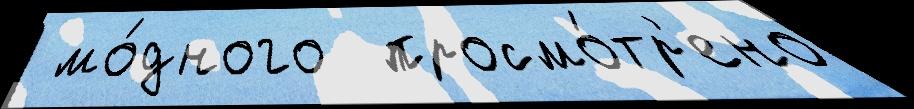
 мо́дного  просмо́тр'ено